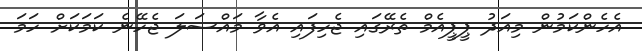
އެހެންކަމުން މިއަދު ޕީޕީއެމް ތެރޭގައި ޖެހިފައި އެވާ މައްސަލަ ޖެހޭނެ ކަމަކަށް ހަމަ